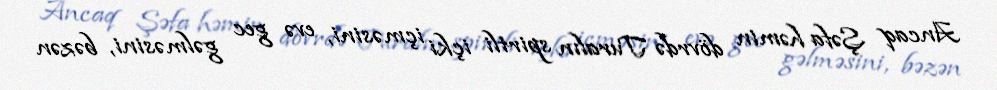
Ancaq Şəfa həmin dövrdə Turalın spirtli içki içməsini, evə gec gəlməsini, bəzən